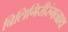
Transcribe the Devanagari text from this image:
बिलिगिरीरंगनाथ